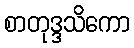
စာတုဒ္ဒသိကော